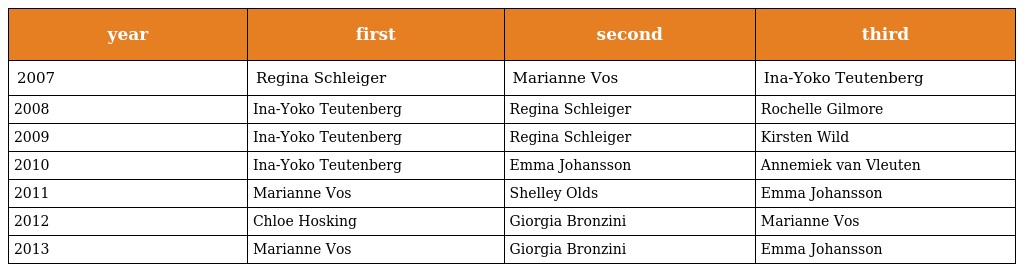
| year | first | second | third |
 | --- | --- | --- | --- |
 | 2007 | Regina Schleiger | Marianne Vos | Ina-Yoko Teutenberg |
 | 2008 | Ina-Yoko Teutenberg | Regina Schleiger | Rochelle Gilmore |
 | 2009 | Ina-Yoko Teutenberg | Regina Schleiger | Kirsten Wild |
 | 2010 | Ina-Yoko Teutenberg | Emma Johansson | Annemiek van Vleuten |
 | 2011 | Marianne Vos | Shelley Olds | Emma Johansson |
 | 2012 | Chloe Hosking | Giorgia Bronzini | Marianne Vos |
 | 2013 | Marianne Vos | Giorgia Bronzini | Emma Johansson |